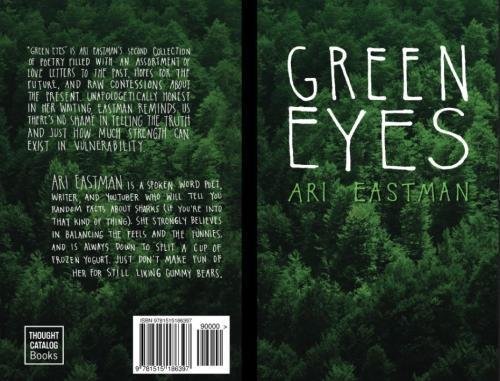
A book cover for Green Eyes; Ari Eastman; Literature & Fiction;